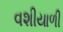
વશીયાળી